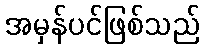
အမှန်ပင်ဖြစ်သည်